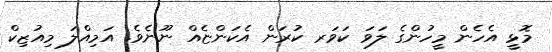
މޮޅީ އެހެން މީހުންގެ ލަވަ ކަވަރ ކުރަން އެކަންޏެއް ނޫނެވެ. އަމިއްލަ މިއުޒިކް